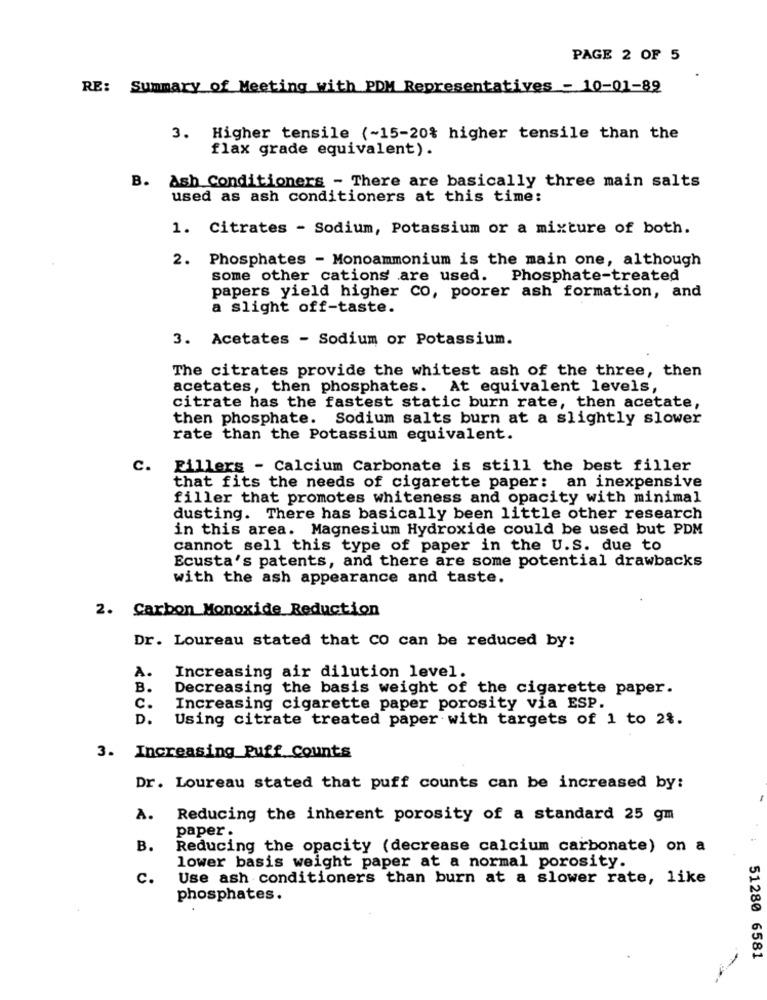
PAGE 2 OF 5
RE: Summary of Meeting with PDM Representatives - 10-01-89
3. Higher tensile (~15-20% higher tensile than the
flax grade equivalent).
B. Ash conditioners - There are basically three main salts
used as ash conditioners at this time:
1. Citrates - Sodium, Potassium or a mixture of both.
2. Phosphates - Monoammonium is the main one, although
some other cations are used. Phosphate-treated
papers yield higher CO, poorer ash formation, and
a slight off-taste.
3. Acetates - Sodium or Potassium.
The citrates provide the whitest ash of the three, then
acetates, then phosphates. At equivalent levels,
citrate has the fastest static burn rate, then acetate,
then phosphate. Sodium salts burn at a slightly slower
rate than the Potassium equivalent.
c.
Fillers - Calcium Carbonate is still the best filler
that fits the needs of cigarette paper: an inexpensive
filler that promotes whiteness and opacity with minimal
dusting. There has basically been little other research
in this area. Magnesium Hydroxide could be used but PDM
cannot sell this type of paper in the U.S. due to
Ecusta's patents, and there are some potential drawbacks
with the ash appearance and taste.
2. Carbon Monoxide Reduction
Dr. Loureau stated that CO can be reduced by:
A.
Increasing air dilution level.
B.
Decreasing the basis weight of the cigarette paper.
C.
Increasing cigarette paper porosity via ESP.
D.
Using citrate treated paper with targets of 1 to 2%.
3. Increasing Puff Counts
Dr. Loureau stated that puff counts can be increased by:
A.
Reducing the inherent porosity of a standard 25 gm
paper .
B.
Reducing the opacity (decrease calcium carbonate) on a
lower basis weight paper at a normal porosity.
c.
Use ash conditioners than burn at a slower rate, like
phosphates.
51280 6581